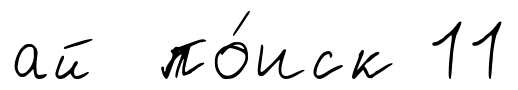
ай по́иск 11